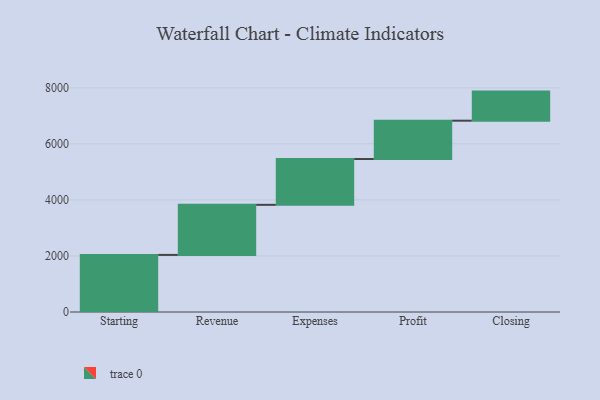
{"axis": {"x": "Step", "y": "Value"}, "legend": [""], "data": [{"x": "Starting", "y": 2037.0, "type": ""}, {"x": "Revenue", "y": 1787.0, "type": ""}, {"x": "Expenses", "y": 1634.0, "type": ""}, {"x": "Profit", "y": 1368.0, "type": ""}, {"x": "Closing", "y": 1038.0, "type": ""}]}